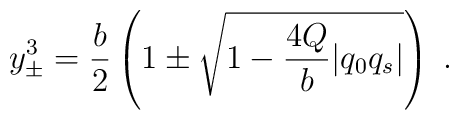
y^3_{\pm}={b\over 2} \left(1 \pm \sqrt{1-{4Q\over b}|q_0q_s|}\right)\;.